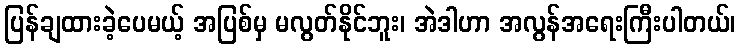
ပြန်ချထားခဲ့ပေမယ့် အပြစ်မှ မလွတ်နိုင်ဘူး၊ အဲဒါဟာ အလွန်အရေးကြီးပါတယ်၊